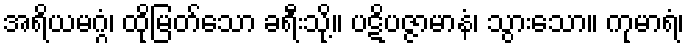
အရိယမဂ္ဂံ၊ ထိုမြတ်သော ခရီးသို့။ ပဋိပဇ္ဇာမာနံ၊ သွားသော။ ကုမာရံ၊